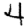
Digit: 4